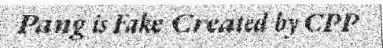
Pang is Fake Created by CPP